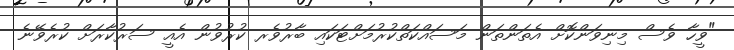
"ވީހާ ވެސް މިނިވަންކޮށް އެތަންތަން މަސައްކަތްކުރުމަށްޓަކައި ބާރުވެރ ކުރުވުން އެއީ ސަރުކާރަށް ކުރެވޭނެ